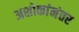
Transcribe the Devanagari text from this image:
अशोकांनंतर